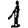
Digit: 1